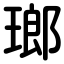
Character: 瑯